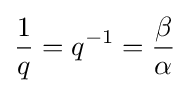
{\frac {1}{q}}=q^{-1}={\frac {\beta }{\alpha }}